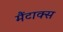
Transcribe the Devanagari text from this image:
मैंटाक्स